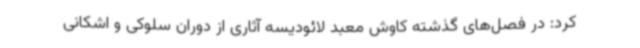
کرد: در فصل‌های گذشته کاوش معبد لائودیسه آثاری از دوران سلوکی و اشکانی